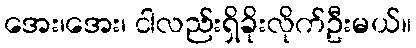
အေး၊အေး၊ ငါလည်းရှိခိုးလိုက်ဦးမယ်။